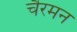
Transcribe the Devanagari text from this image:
चैरमन